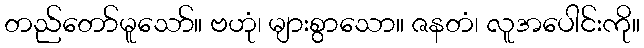
တည်တော်မူသော်။ ဗဟုံ၊ များစွာသော။ ဇနတံ၊ လူအပေါင်းကို။